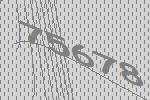
75678